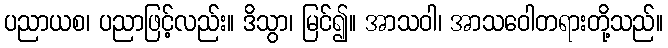
ပညာယစ၊ ပညာဖြင့်လည်း။ ဒိသွာ၊ မြင်၍။ အာသဝါ၊ အာသဝေါတရားတို့သည်။